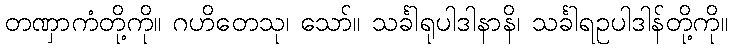
တဏှာကံတို့ကို။ ဂဟိတေသု၊ သော်။ သင်္ခါရုပါဒါနာနိ၊ သင်္ခါရဥပါဒါန်တို့ကို။